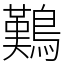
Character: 𪄿